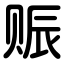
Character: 赈